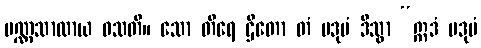
ပဏ္ဏသာလာယ ဝသတိ။ သော တီရေ ဌိတော တံ ပဒုမံ ဒိသွာ “ဣဒံ ပဒုမံ